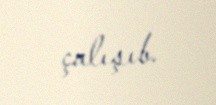
çalışıb.